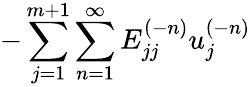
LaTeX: {-\sum_{j=1}^{m+1}\sum_{n=1}^{\infty}E_{jj}^{(-n)}u_{j}^{(-n)}}